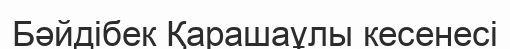
Бәйдібек Қарашаұлы кесенесі